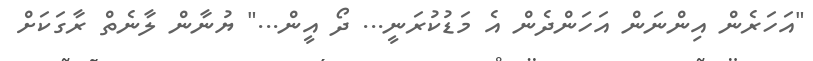
"އަހަރެން އިންނަން އަހަންދެން އެ މަޑުކުރަނީ... ދޯ އީން..." ޔުނާން ލާނެތް ރާގަކަށް